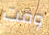
وقت